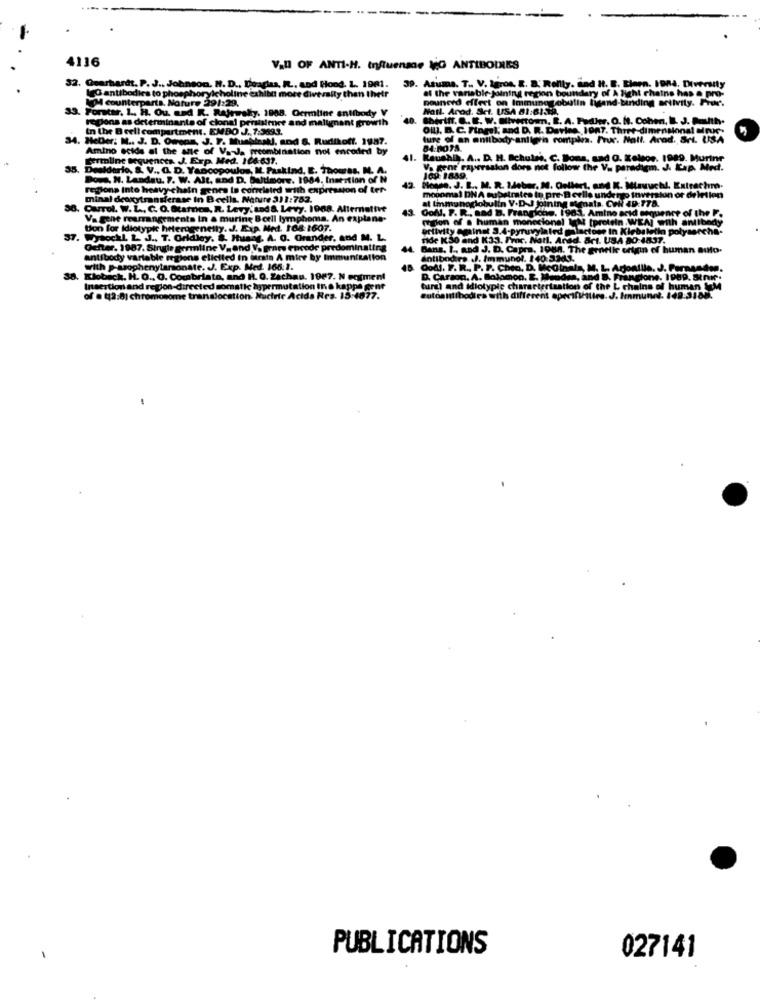
4116
Vall OF ANTI-H. Influenze VO ANTIBODIES
32. Gearhards. P. J .. Johnson. H. D ., Doraglas, R ., and Hood. L. 1981.
LO antibodies to phosphorylcholine exhibit more diversity then thetr
39. Asuma. T .. V. Igros. R. a. Rollly. and Ht. B. Einen. 1984. Diversity
af the variable- joining region boundary of A light chaine has a pro-
M counterparts. Nature 291:29.
Douneed effect on Immung obutin ligand-binding activity. Prur.
32.
13. Portar, 1 .. H. Ou. and R. Rajrusky. 1988. Germline antibody V
Natl. Arod. Sct. USA 81:81.3.
regions as determinante of clonal persisimre and malignant growth
40.
Sheriff. . E. W. Silvertown. B. A. Fadler, O. It. Cohen, I. J. Paulth.
in the B cell compartment. EMBO J. 7:3893.
. D. C. Fingel; and D. R. Davine. IOn7. Three-dimensional Minuc.
14. HeDer: M .. J. D. Ourens, J. F. Muskirak, and &, Rudikoff. 1987.
ture of an antibody antlein complea. Fruc. Natl. Arad. SrL. USA
Amino acids al the are of Va-Ja prcombination not encoded by
Fermline sequences. J. Exp. Med. 164-637.
41.
Raushil. A .. D. H. Schuln. C. Bons, sad O. Kelos. 1989. Murine
35.
Pealdario, &. V ., O. D. Yanicopoulos, IL. Paskind, E. Thourss. M. A.
Va gene rapersskin does not follow the V. paradigm. J. Kap. Med.
Does, N. Landau. 7. W. Alt, and D. Baltimore. 1984. Inetition of N
109: 1859.
regions Into heavy chain genes In correlated with expression of ter-
Messe. J. B ., M. R. Meber, M. Onllert, and K. Mizvuchi, Extrachro.
minal deoxytransferase in Bcells. Nature 311:752.
mooomal DNA substrates in pre-Reelle undergo Inversion or deletion
at Immunoglobulin V.D.J pining mienata. Coll 49:778.
Ourol. W. L ., C. O. Scarica, R. Levy, sad &. Levy. 1968. Alternative
Ooh !. P. R ., aad B. Frangione. 1961. Amino acid sequence of the F.
Va gene rearrangements in a murine Borll lymphoma. An explana-
region of a human monoclonal Ight [protein .WEAI with antibody
ton for Idiotypie heterogeneity. J. Exp. Med. 168-1607.
ertivity eminst 3.4-pyruvylaled galactose In Kirbaletin polysorche.
ctivity eminst 3.4-pyruwy!
Son of a human monos
37.
37. Wysockl. L. J ., T. Oridley. 8. Husag. A. O. Orander, and M. L.
ide K30 and K33. Proc. Natl. Ared. Brt. US
Oefter. 1987. Strudie germiine V. and V. grars encede predominating
44. Bans, I ., and J. D. Capra, 1984. The groelke erin of human auto.
antibody variable regions elicited in dirais A mire by Immunization
antibodies .J. Immunol. 140:3343.
with p-arophenylarsonate. J. Exp. Med. 166.2.
Kloback. H. O ., G. Comabriato, and H. O. Zachau. 1987. N eogment
D. Carson. A. Solomon. E. Meudas, and B. Frangione. 1989. Stnr.
Insertion and region-directed somatic àpermutation In. @ kappe gent
turgi and idiotypic characterisation of the L
of . (12:81 chromosome translocation: Nucleic Acida Res. 15-4077.
autoantibodies with different
perinetlire. J. Immunel. 149:3188.
PUBLICATIONS
027141